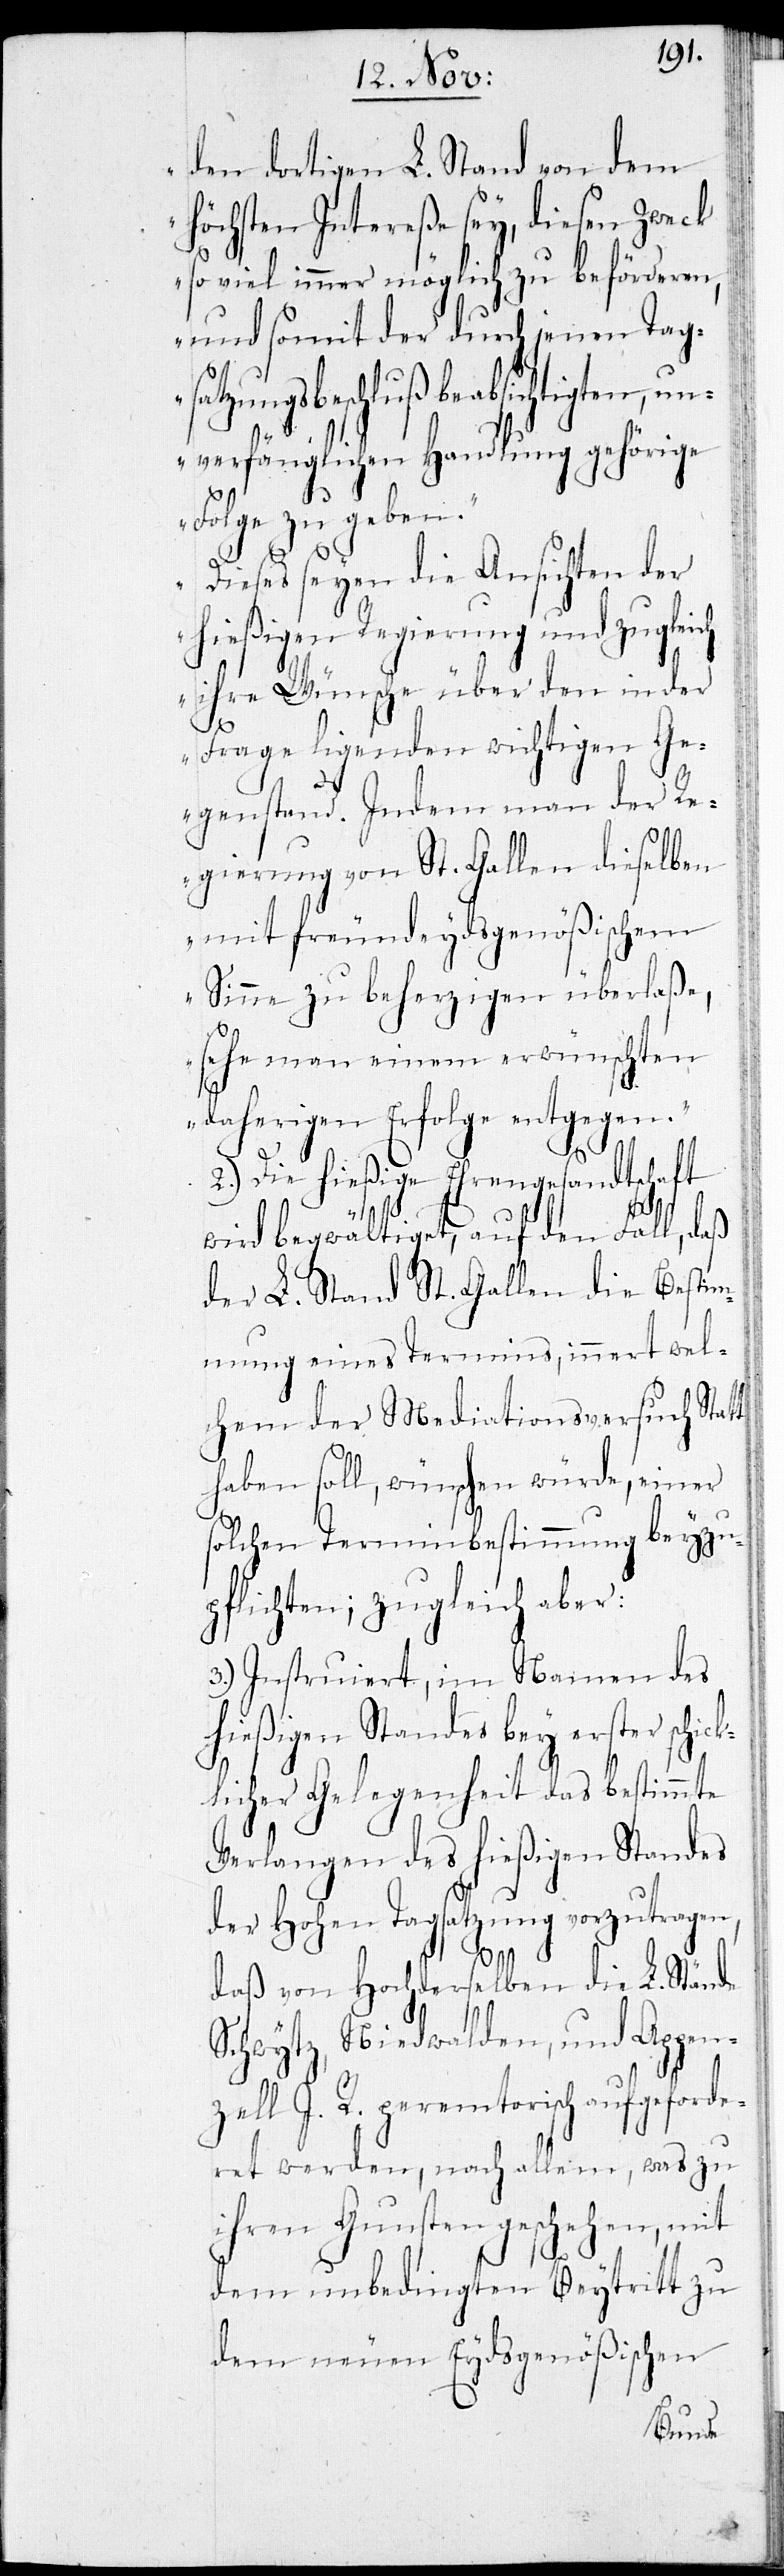
den dortigen L. Stand von dem
höchsten Intereße sey, diesen Zweck
so viel immer möglich zu beförderen,
und somit der durch jenen Tag¬
sbeschluß beabsichtigten,
unverfänglichen Handlung gehörige
Folge zu geben.
Dieses seyen die Ansichten der
hießigen Regierung und zugleich
ihre Wünsche über den in der
Frage ligenden wichtigen Ge¬
genstand. Indem man der Re¬
gierung von St. Gallen dieselben
mit freundeydsgenößischem
Sinne zu beherzigen überlaße,
sehe man einem erwünschten
daherigen Erfolge entgegen.“
2.) Die hießige Ehrengesandtschaft
wird begwältiget, auf den Fall, daß
der L. Stand St. Gallen die Bestim¬
mung eines Termins, innert wel¬
chem der Mediationsversuch Statt
haben soll, wünschen würde, einer
solchen Terminbestimmung beyzu¬
pflichten; zugleich aber:
3.) instruiert, im Namen des
hießigen Standes bey erster schic¬
klicher Gelegenheit das bestimmte
Verlangen des hießigen Standes
der Hohen Tagsatzung vorzutragen,
daß von Hochderselben die L. Stände
Schwytz, Niedwalden, und Appen¬
zell I. R. peremtorisch aufgeforde¬
ret werden, nach allem, was zu
ihren Gunsten geschehen, mit
dem unbedingten Beytrtitt zu
dem neuen Eydsgenößischen
satzung¬